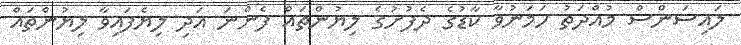
ލައިސަންސް މުއްދަތު ހަމަނުވާ ކާޑުގެ ދެފުށުގެ ލިޔުންތައް ފެންނަ އަދި ލިޔެފައިވާ ލިޔުންތައް